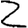
Digit: 2